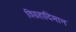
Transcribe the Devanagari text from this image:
विग्रहादिमान